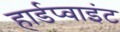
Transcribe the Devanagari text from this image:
हार्डप्वाइंट